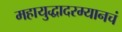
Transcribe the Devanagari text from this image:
महायुद्धादरम्यानचं